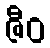
ဇီဝ